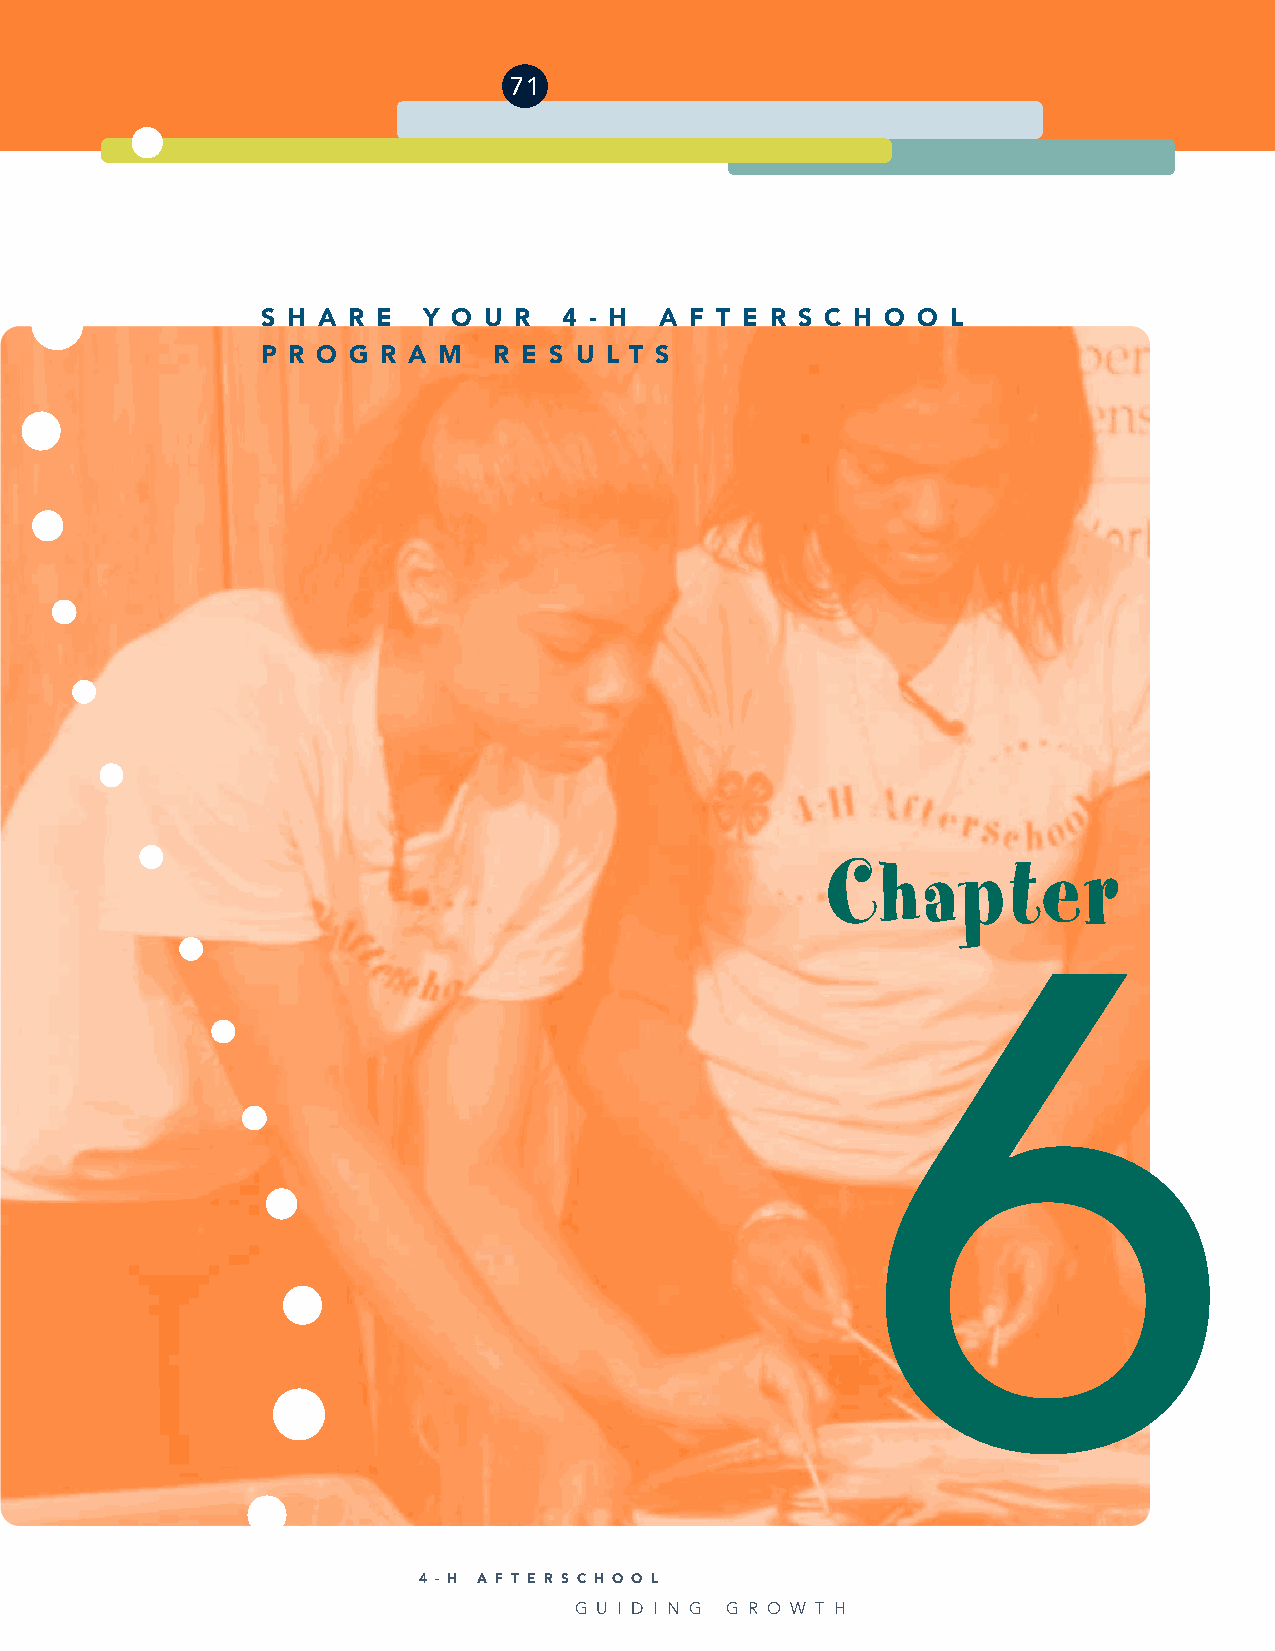
71
 S H A R E  Y O U R  4 - H  A F T E R S C H O O L
 P R O G R A M   R E S U L T S
 Chapter
 6
 4 - H A F T E R S C H O O L
 G U I D I N G G R O W T H